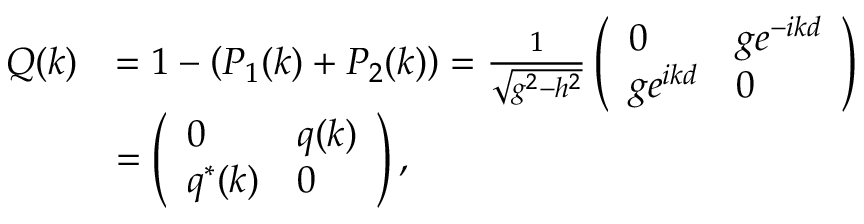
\begin{array} { r l } { Q ( k ) } & { = 1 - \left( P _ { 1 } ( k ) + P _ { 2 } ( k ) \right) = \frac { 1 } { \sqrt { g ^ { 2 } - h ^ { 2 } } } \left( \begin{array} { l l } { 0 } & { g e ^ { - i k d } } \\ { g e ^ { i k d } } & { 0 } \end{array} \right) } \\ & { = \left( \begin{array} { l l } { 0 } & { q ( k ) } \\ { q ^ { * } ( k ) } & { 0 } \end{array} \right) , } \end{array}